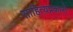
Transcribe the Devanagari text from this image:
साहित्यप्रकारों